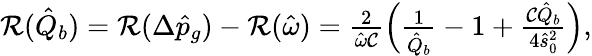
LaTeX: \begin{array}{r}{\mathcal{R}(\hat{Q}_{b})=\mathcal{R}(\Delta\hat{p}_{g})-\mathcal{R}(\hat{\omega})=\frac{2}{\hat{\omega}\mathcal{C}}\left(\frac{1}{\hat{Q}_{b}}-1+\frac{\mathcal{C}\hat{Q}_{b}}{4\hat{s}_{0}^{2}}\right),}\end{array}